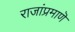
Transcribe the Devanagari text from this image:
राजांप्रमाणॆ